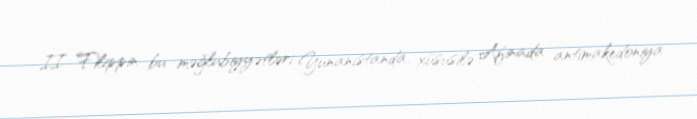
II Filippin bu məğlubiyyətləri Yunanıstanda, xüsusilə Afinada antimakedoniya